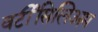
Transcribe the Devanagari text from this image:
वर्टीसिलिअम